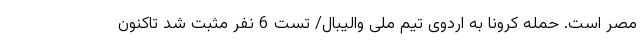
مصر است. حمله کرونا به اردوی تیم ملی والیبال/ تست 6 نفر مثبت شد تاکنون